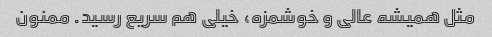
مثل همیشه عالی و خوشمزه، خیلی هم سریع رسید. ممنون